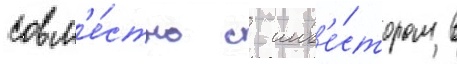
совм'е́стно с инв'е́стором в